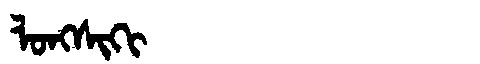
Manchu: ᠯᠣᠩᠰᡳᡴᡳ
Romanization: LONGSIKI